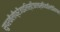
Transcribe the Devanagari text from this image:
सुपरकैलीफ़्रैजाइलिस्टिकएक्सपियालिडोसियस